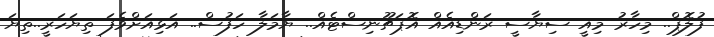
ފުލޮޕް.. މިހާރު މިއީ ސިޔާސީ ރަންޑިއެއް އޮޕަޗޫނިސްޓެއް.. ޔާމަލާ ހަފުސް.. އަޅިއަށްވެފަ ތިޔަހަރީ..ތިޔަ